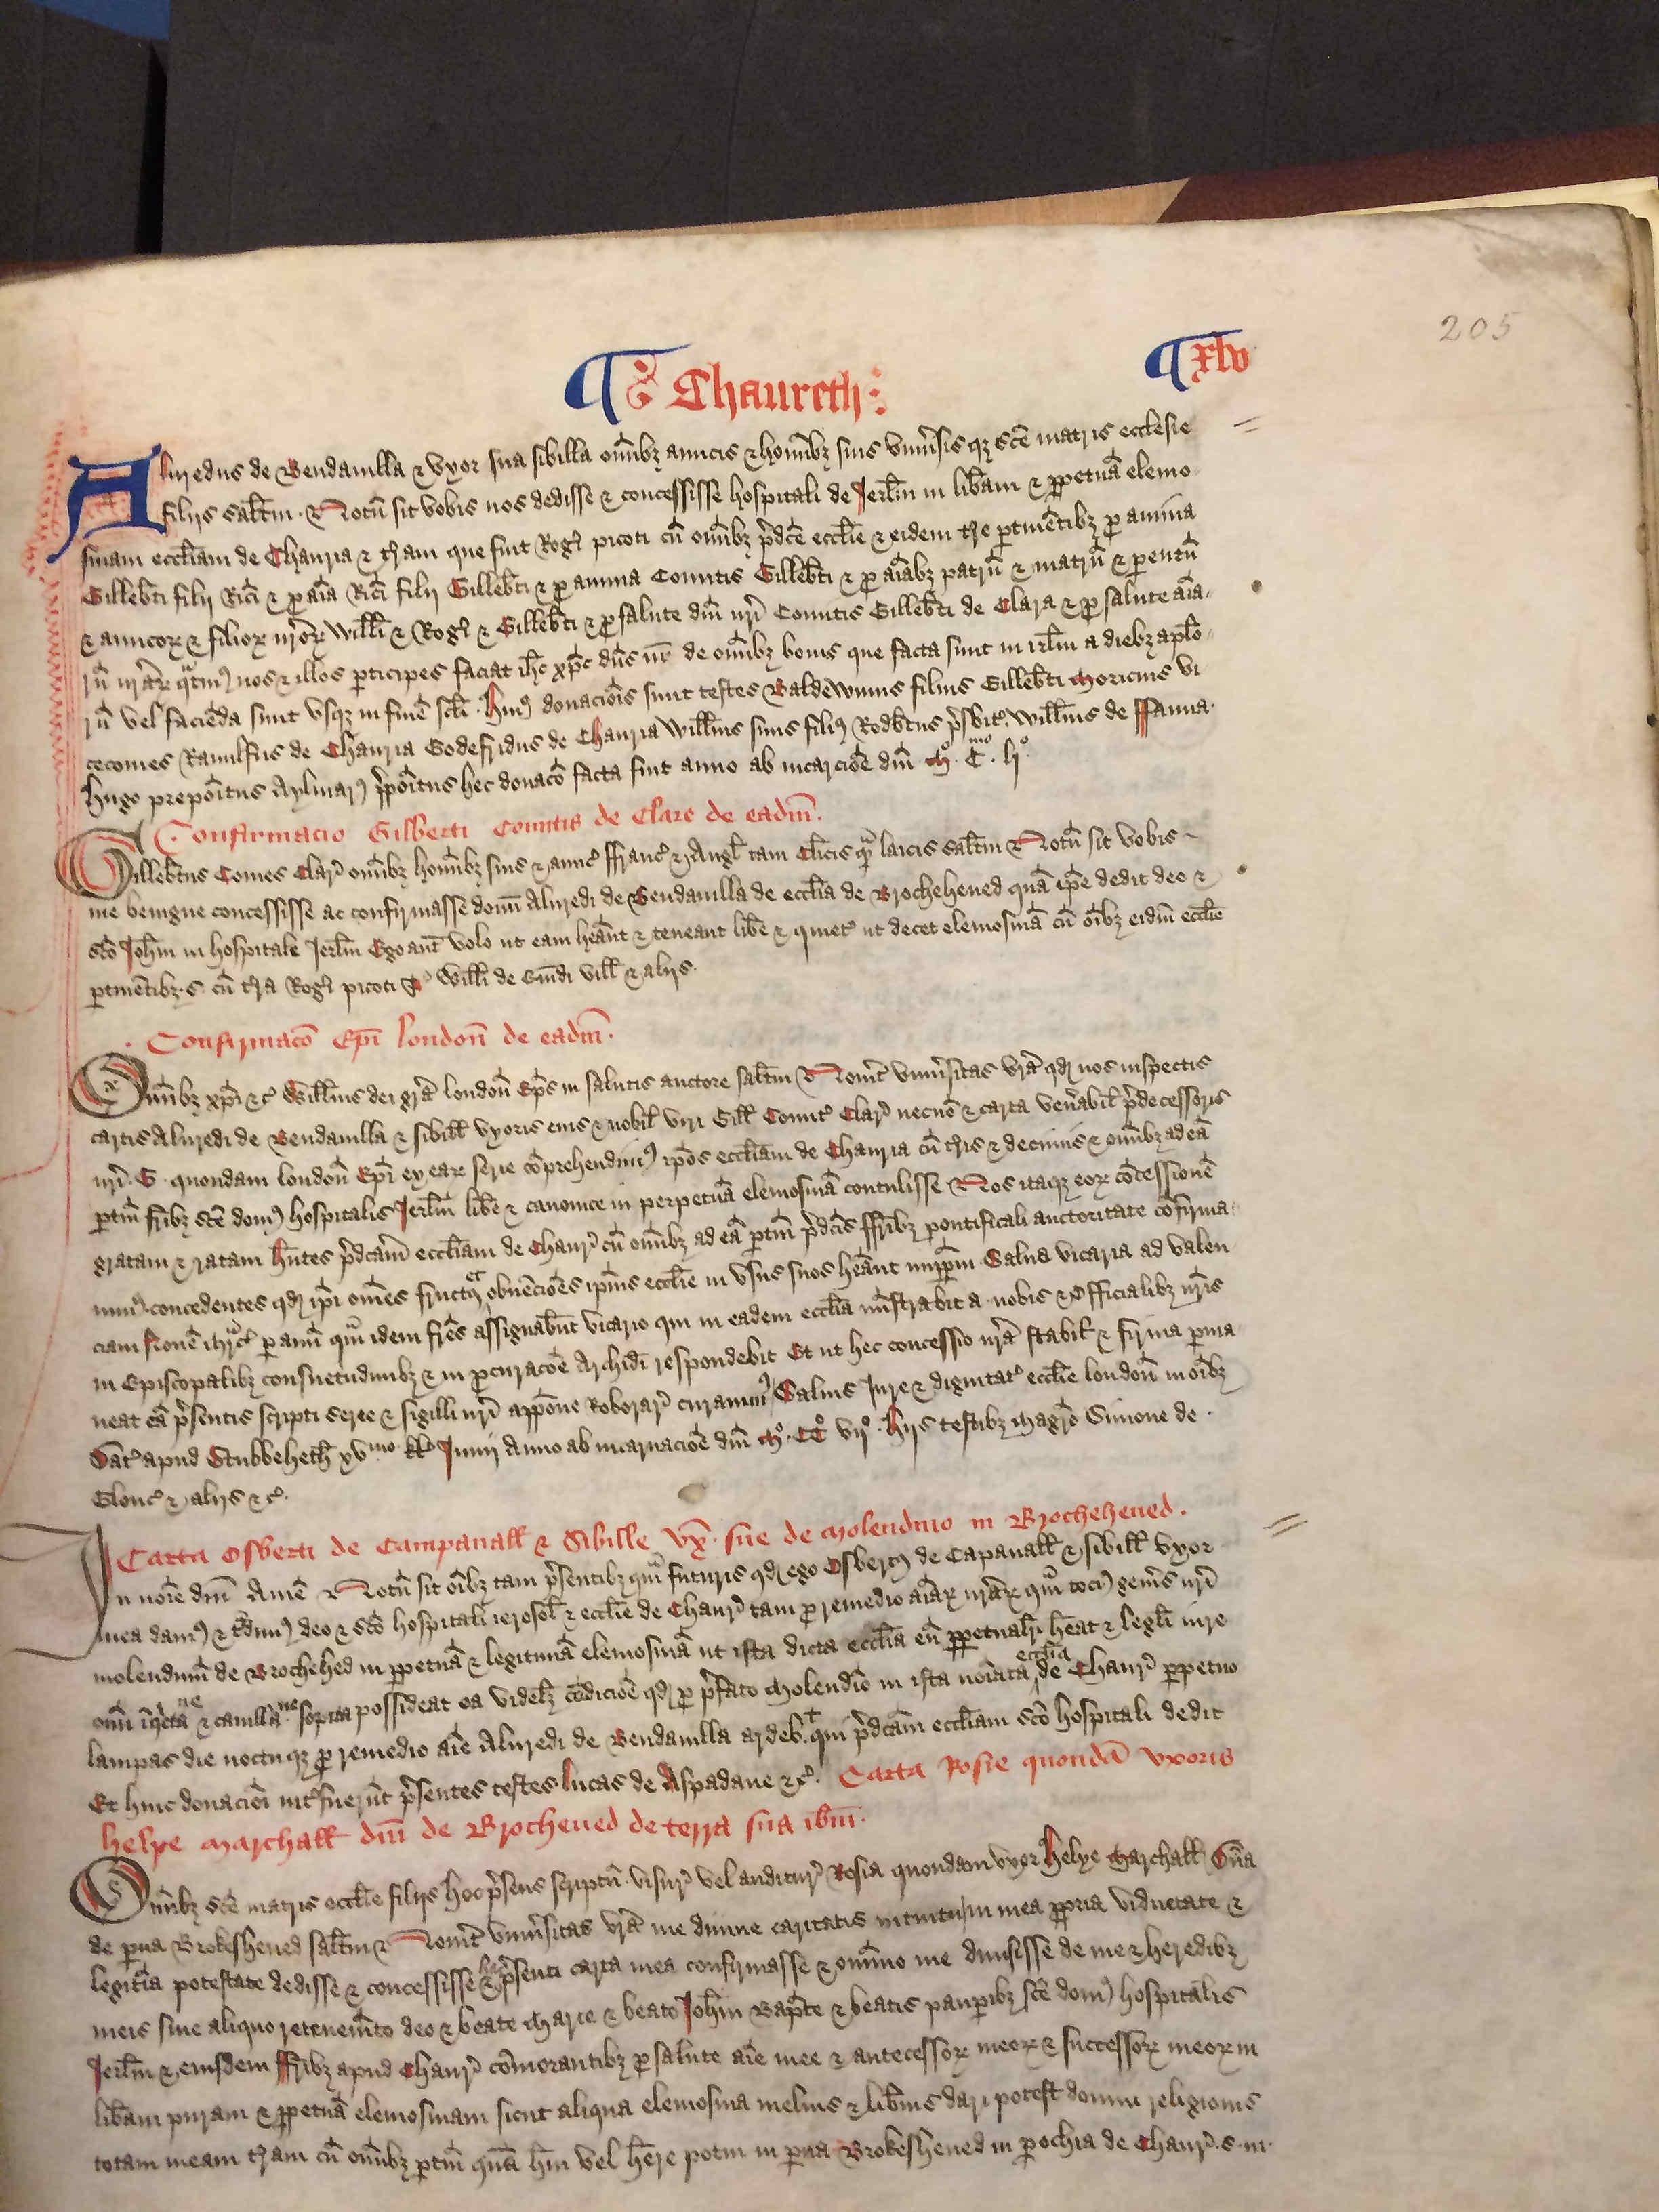
Shelfmark: London, British Library, Nero E VI
Century: 15